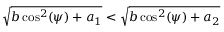
\sqrt { b \cos ^ { 2 } ( \psi ) + a _ { 1 } } < \sqrt { b \cos ^ { 2 } ( \psi ) + a _ { 2 } }